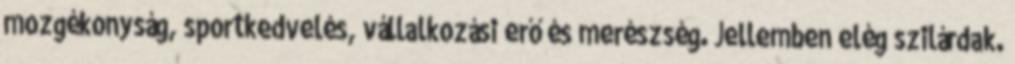
mozgékonyság, sportkedvelés, vállalkozási erő és merészség. Jellemben elég szilárdak.